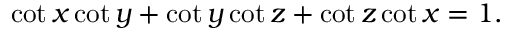
\cot x \cot y + \cot y \cot z + \cot z \cot x = 1 .